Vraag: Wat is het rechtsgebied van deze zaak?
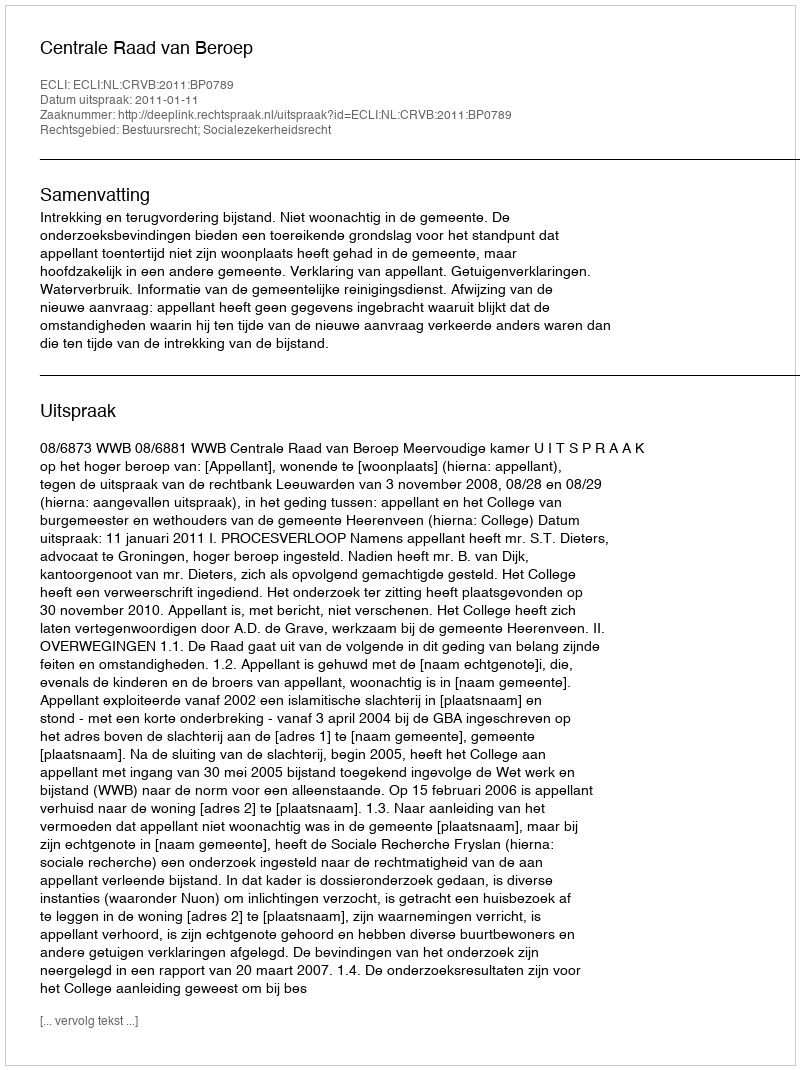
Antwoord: Bestuursrecht; Socialezekerheidsrecht